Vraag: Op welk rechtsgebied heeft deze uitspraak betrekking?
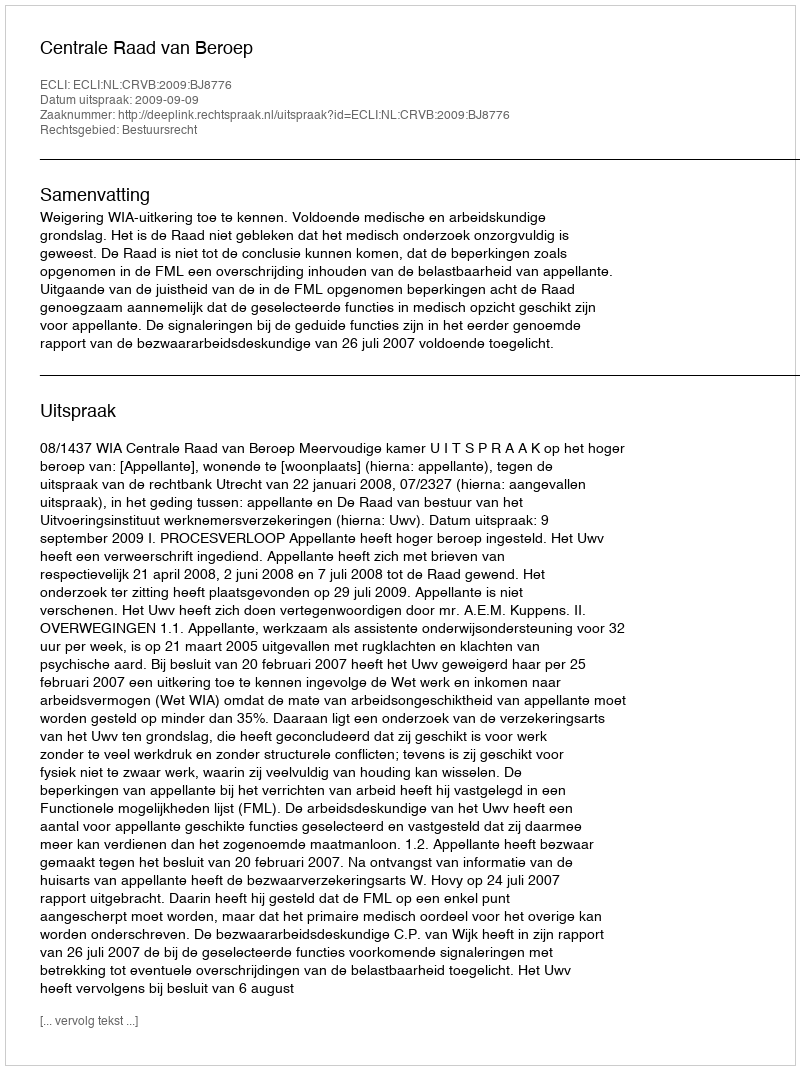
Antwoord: Bestuursrecht